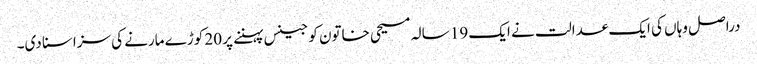
دراصل وہاں کی ایک عدالت نے ایک 19 سالہ مسیحی خاتون کو جینس پہننے پر 20 کوڑے مارنے کی سزاسنا دی۔